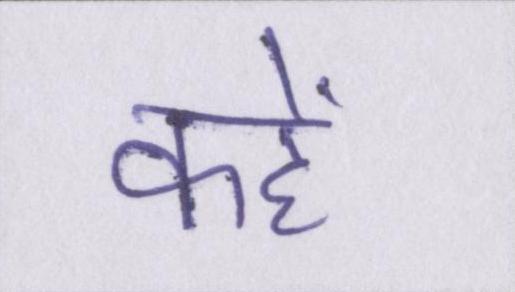
कहें